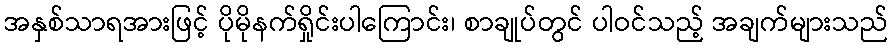
အနှစ်သာရအားဖြင့် ပိုမိုနက်ရှိုင်းပါကြောင်း၊ စာချုပ်တွင် ပါဝင်သည့် အချက်များသည်